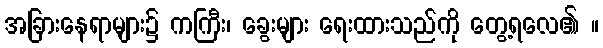
အခြားနေရာများ၌ ကကြီး၊ ခွေးများ ရေးထားသည်ကို တွေ့ရလေ၏ ။